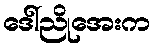
ဒေါ်ညိုအေးက